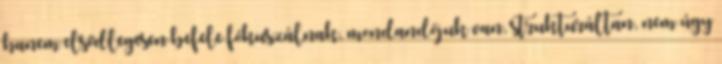
hanem elsődlegesen befele fókuszálnak, mondandójuk van, strukturáltan, nem úgy